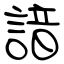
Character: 諳